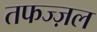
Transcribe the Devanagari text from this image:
तफज्ज़ल